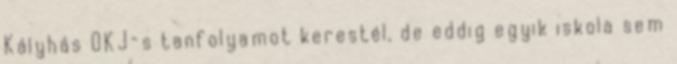
Kályhás OKJ-s tanfolyamot kerestél, de eddig egyik iskola sem